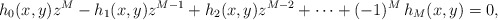
\begin{align*}h_0(x,y)z^M-h_1(x,y)z^{M-1}+h_2(x,y)z^{M-2}+\cdots+(-1)^M\,h_M(x,y) =0,\end{align*}